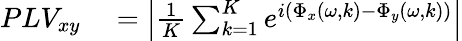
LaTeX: \begin{array}{rl}{PLV_{xy}}&{{}=\left|\frac{1}{K}\sum_{k=1}^{K}e^{i(\Phi_{x}(\omega,k)-\Phi_{y}(\omega,k))}\right|}\end{array}